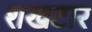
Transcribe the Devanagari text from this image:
शखटार